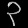
Digit: ၃